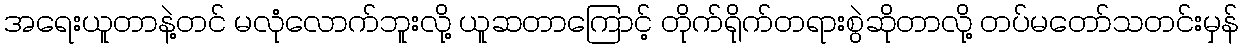
အရေးယူတာနဲ့တင် မလုံလောက်ဘူးလို့ ယူဆတာကြောင့် တိုက်ရိုက်တရားစွဲဆိုတာလို့ တပ်မတော်သတင်းမှန်